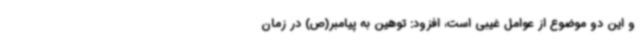
و این دو موضوع از عوامل غیبی است، افزود: توهین به پیامبر(ص) در زمان